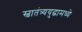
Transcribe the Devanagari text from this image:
स्वातंत्र्ययुद्धामध्ये